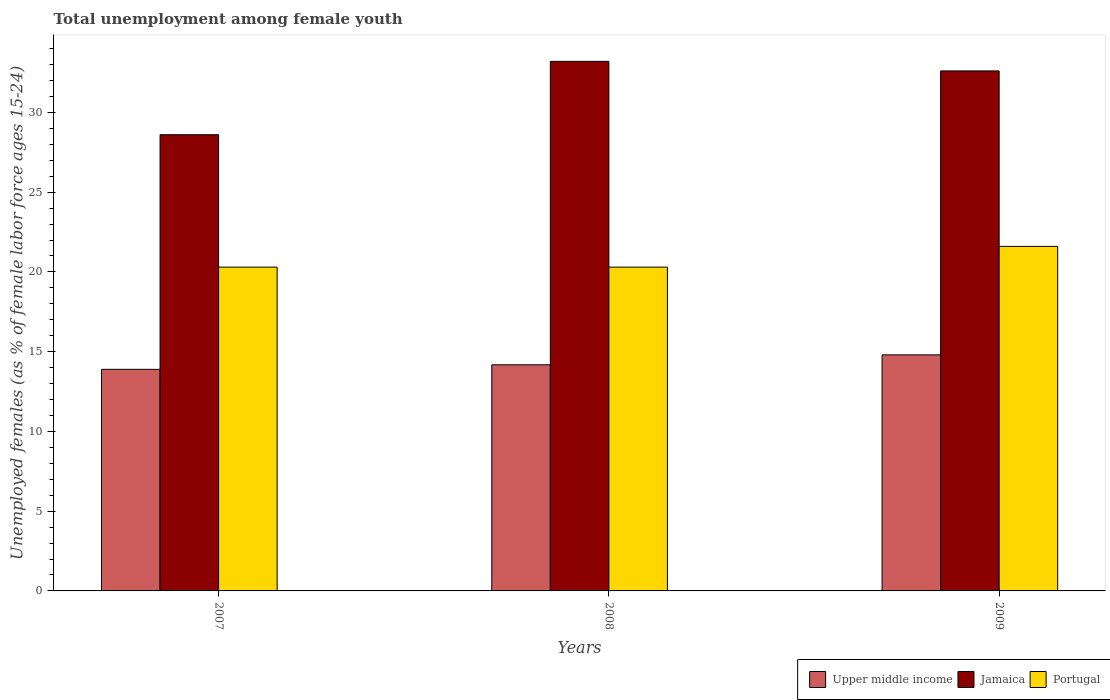
| Years | Upper middle income | Jamaica | Portugal |
 | --- | --- | --- | --- |
 | 2007 | 13.9 | 28.6 | 20.3 |
 | 2008 | 14.2 | 33.2 | 20.3 |
 | 2009 | 14.8 | 32.6 | 21.6 |